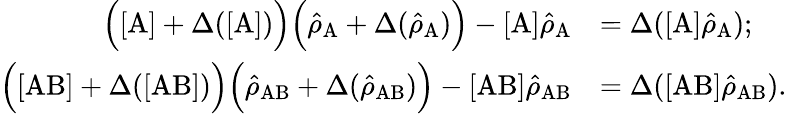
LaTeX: \begin{array}{rl}{\Big([\mathrm{A}]+\Delta([\mathrm{A}])\Big)\Big(\hat{\rho}_{\mathrm{A}}+\Delta(\hat{\rho}_{\mathrm{A}})\Big)-[\mathrm{A}]\hat{\rho}_{\mathrm{A}}}&{=\Delta([\mathrm{A}]\hat{\rho}_{\mathrm{A}});}\\ {\Big([\mathrm{AB}]+\Delta([\mathrm{AB}])\Big)\Big(\hat{\rho}_{\mathrm{AB}}+\Delta(\hat{\rho}_{\mathrm{AB}})\Big)-[\mathrm{AB}]\hat{\rho}_{\mathrm{AB}}}&{=\Delta([\mathrm{AB}]\hat{\rho}_{\mathrm{AB}}).}\end{array}